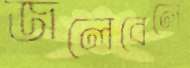
জলেবেলে